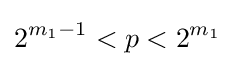
2^{m_{1}-1}<p<2^{m_{1}}